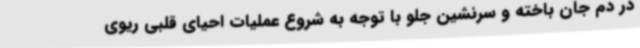
در دم جان باخته و سرنشین جلو با توجه به شروع عملیات احیای قلبی ریوی